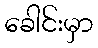
ခေါင်းမှာ